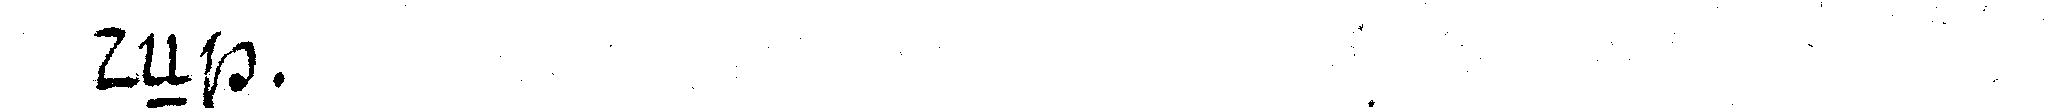
deN .